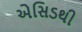
એસિડથી